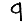
Digit: 9